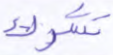
تشرك